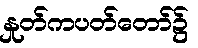
နှုတ်ကပတ်တော်၌